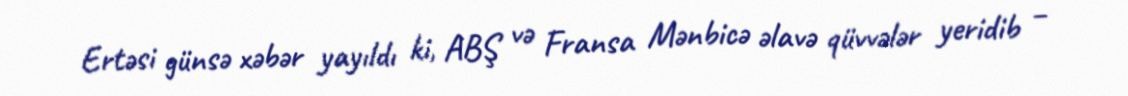
Ertəsi günsə xəbər yayıldı ki, ABŞ və Fransa Mənbicə əlavə qüvvələr yeridib –